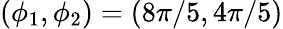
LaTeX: (\phi_{1},\phi_{2})=(8\pi/5,4\pi/5)